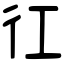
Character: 𢓁